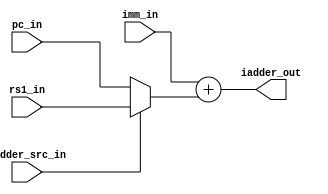

	module msrv32_imm_adder (input [31:0] pc_in,
									 input [31:0] rs1_in,
									 input iadder_src_in,
									 input [31:0] imm_in,
									 
									 output [31:0] iadder_out);
									 
	reg [31:0] imm_adder_intermediate;
	
	always @(*)
	begin
		if(iadder_src_in)
			imm_adder_intermediate = rs1_in;
		else
			imm_adder_intermediate = pc_in;
	end
	
	assign iadder_out = imm_in + imm_adder_intermediate;
	
	endmodule